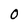
Character: O